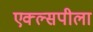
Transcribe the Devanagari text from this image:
एक्ल्सपीला